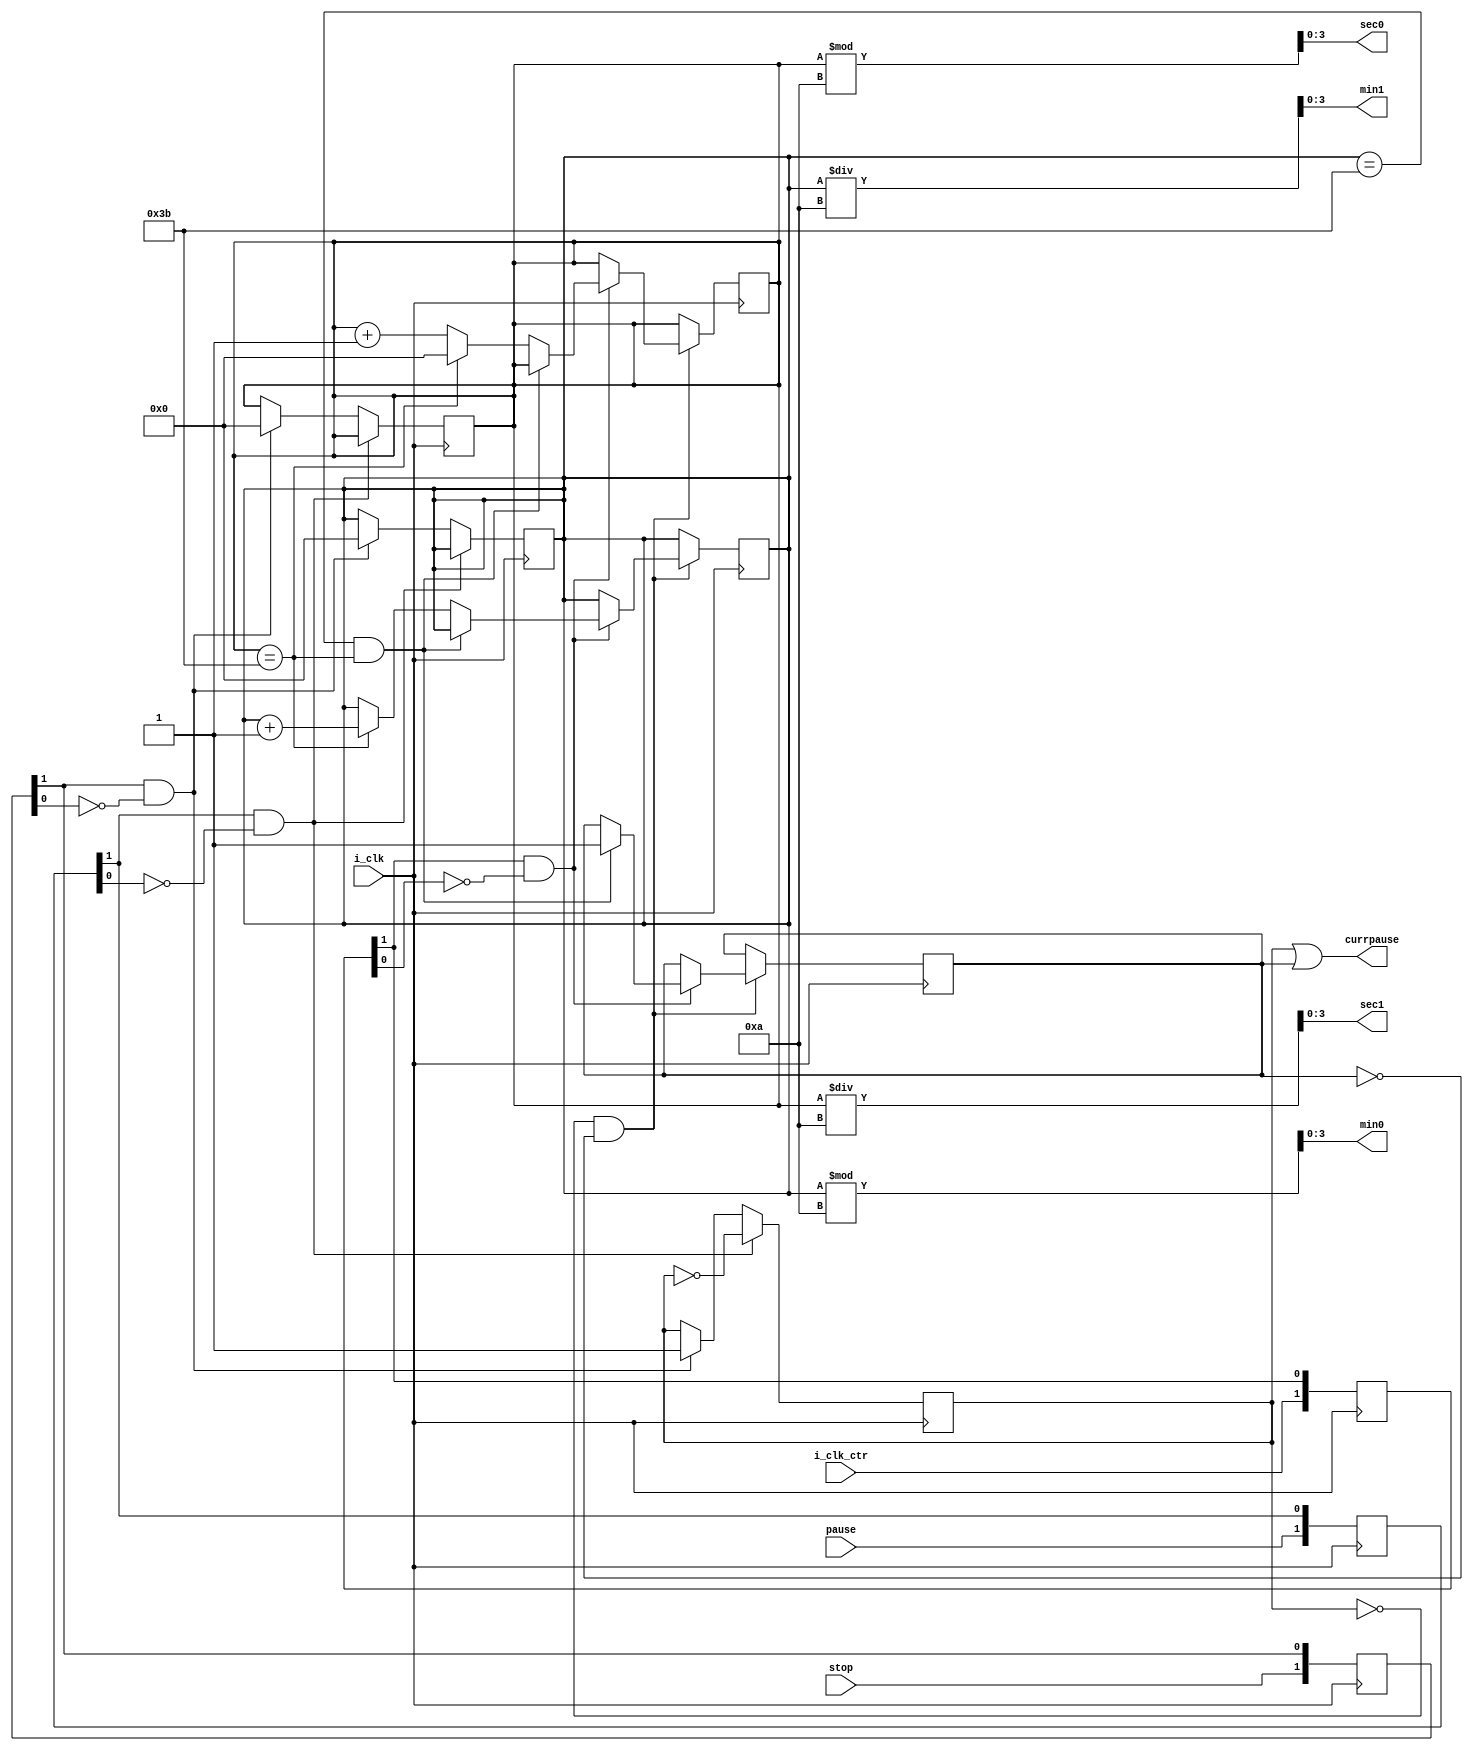
module counter(i_clk, i_clk_ctr, stop, pause, min1, min0, sec1, sec0, currpause);
    input i_clk;
    input i_clk_ctr;
    input stop;
    input pause;

    output wire [3:0] min1;
    output wire [3:0] min0;
    output wire [3:0] sec1;
    output wire [3:0] sec0;
		
    output wire currpause;
    reg savedpause = 0;
    //reg savedstop = 0;
    reg thresholdpause = 0;

    reg [5:0] tempsecs = 0;
    reg [5:0] tempmins = 0;
	
    reg [1:0] step_pause = 2'b00;
    always @ (posedge i_clk) begin
        step_stop <= {stop, step_stop[1]};
        step_pause <= {pause, step_pause[1]};
        if (step_pause[1] && ~step_pause[0])
            savedpause <= ~savedpause;
        else if (step_stop[1] && ~step_stop[0]) begin
           tempsecs <= 0;
           tempmins <= 0;
           savedpause <= 1;
        end
        else
            savedpause <= savedpause;
    end
    
    reg [1:0] step_stop = 2'b00;
    reg [1:0] step_ctr = 2'b00;
    
    always @ (posedge i_clk) begin
        step_ctr <= {i_clk_ctr, step_ctr[1]};
        //else begin
            if (!savedpause && !thresholdpause) begin
                if (step_ctr[1] && ~step_ctr[0]) begin     
                    // Normal Increment
                    if (tempmins == 59 && tempsecs == 59)
                            thresholdpause <= 1;
                    else if (tempsecs == 59) begin
                            tempmins <= tempmins + 1;
                            tempsecs <= 0;
                    end
                    else
                        tempsecs <= tempsecs + 1;
                end
            end
        //end
    end
    
    assign currpause = savedpause | thresholdpause;
    assign min1 = tempmins / 10;
    assign min0 = tempmins % 10;
    assign sec1 = tempsecs / 10;
    assign sec0 = tempsecs % 10;

endmodule